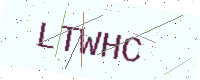
Text: LTWHC